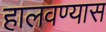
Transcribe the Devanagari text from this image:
हालवण्यास